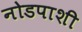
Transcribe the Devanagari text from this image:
नोडपाशी